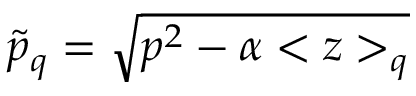
\tilde { p } _ { q } = \sqrt { p ^ { 2 } - \alpha < z > _ { q } }